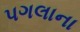
પગલાના